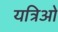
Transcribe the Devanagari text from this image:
यत्रिओ